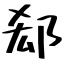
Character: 郄